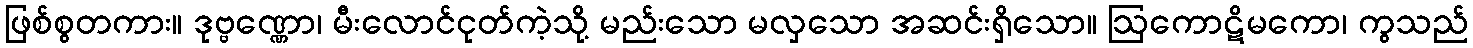
ဖြစ်စွတကား။ ဒုဗ္ဗဏ္ဏော၊ မီးလောင်ငုတ်ကဲ့သို့ မည်းသော မလှသော အဆင်းရှိသော။ ဩကောဋိမကော၊ ကွသည်